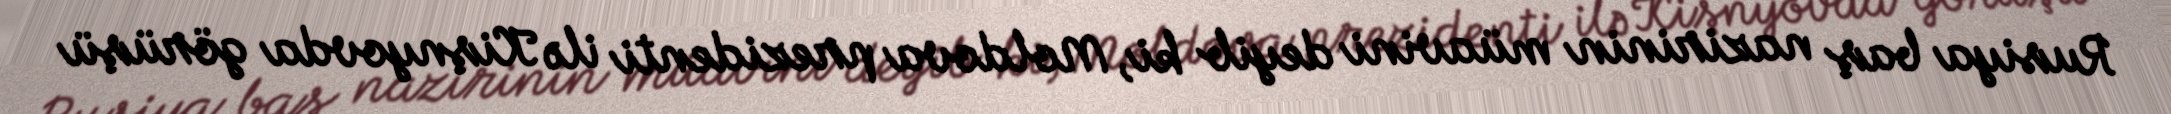
Rusiya baş nazirinin müavini deyib ki, Moldova prezidenti ilə Kişnyovda görüşü